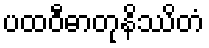
ပထဝီဓာတုနိဿိတံ